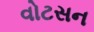
વોટસન